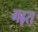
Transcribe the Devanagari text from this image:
गढ़रा